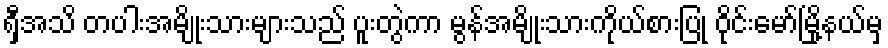
ရှီအသိ တပါးအမျိုးသားများသည် ပူးတွဲကာ မွန်အမျိုးသားကိုယ်စားပြု ဝိုင်းမော်မြို့နယ်မှ